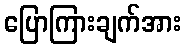
ပြောကြားချက်အား